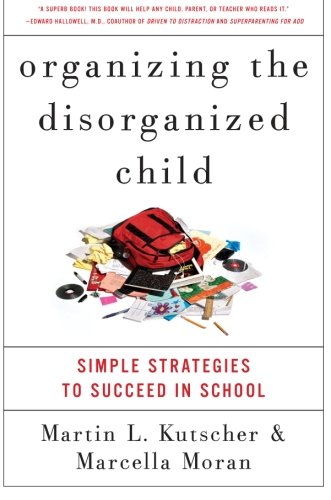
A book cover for Organizing the Disorganized Child: Simple Strategies to Succeed in School; Martin L., M.D. Kutscher; Parenting & Relationships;